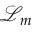
{ \mathcal { L } } _ { m }